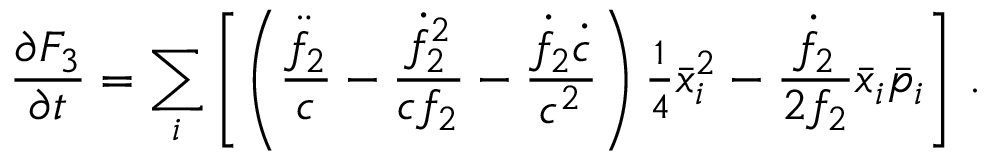
\frac { \partial F _ { 3 } } { \partial t } = \sum _ { i } \left[ \left( \frac { \ddot { f } _ { 2 } } { c } - \frac { \dot { f } _ { 2 } ^ { 2 } } { c f _ { 2 } } - \frac { \dot { f } _ { 2 } \dot { c } } { c ^ { 2 } } \right) { \textstyle \frac { 1 } { 4 } } \bar { x } _ { i } ^ { 2 } - \frac { \dot { f } _ { 2 } } { 2 f _ { 2 } } \bar { x } _ { i } \bar { p } _ { i } \right] \, .